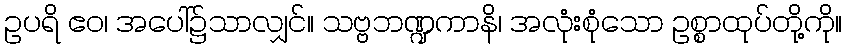
ဥပရိ ဧဝ၊ အပေါ်၌သာလျှင်။ သဗ္ဗဘဏ္ဍကာနိ၊ အလုံးစုံသော ဥစ္စာထုပ်တို့ကို။